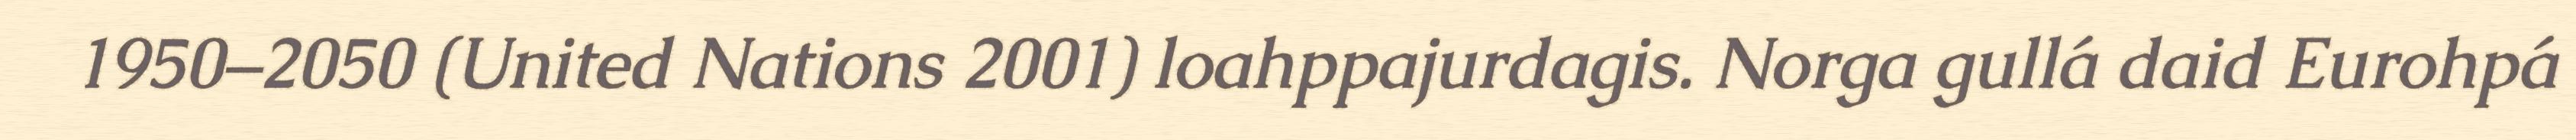
1950–2050 (United Nations 2001) loahppajurdagis. Norga gullá daid Eurohpá